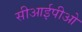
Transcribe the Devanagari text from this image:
सीआईपीओ